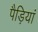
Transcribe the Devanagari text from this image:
पैड़ियां